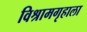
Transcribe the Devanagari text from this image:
विश्रामगृहाला